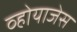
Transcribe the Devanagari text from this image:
व्होयाजेस